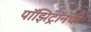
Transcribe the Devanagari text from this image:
पॉझिट्रॉनची